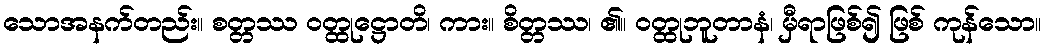
သောအနက်တည်း။ စတ္တဿ ဝတ္ထုဋ္ဌောတိ၊ ကား။ စိတ္တဿ၊ ၏။ ဝတ္ထုဘူတာနံ၊ မှီရာဖြစ်၍ ဖြစ် ကုန်သော။